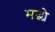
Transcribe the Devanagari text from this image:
मद्ध्ये